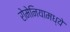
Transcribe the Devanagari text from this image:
रोमेनियामध्ये